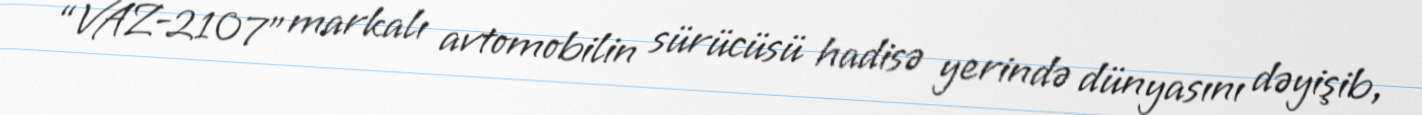
“VAZ-2107” markalı avtomobilin sürücüsü hadisə yerində dünyasını dəyişib,